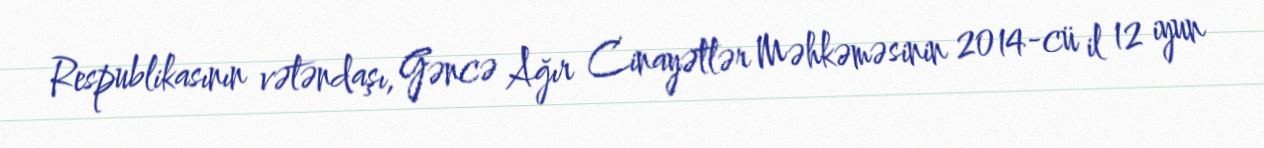
Respublikasının vətəndaşı, Gəncə Ağır Cinayətlər Məhkəməsinin 2014-cü il 12 iyun